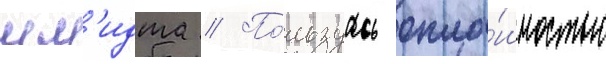
шм'идта // По́льзуась опло́шностью